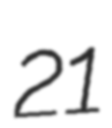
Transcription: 21